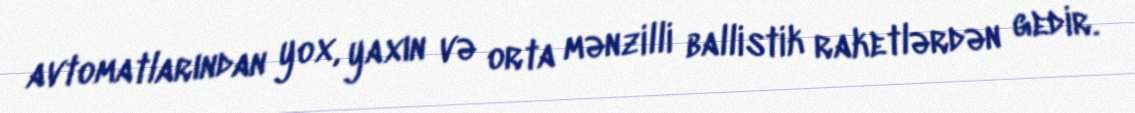
avtomatlarından yox, yaxın və orta mənzilli ballistik raketlərdən gedir.